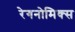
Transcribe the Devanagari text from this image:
रेगनोमिक्स